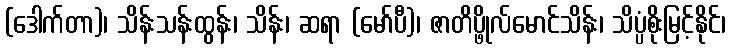
(ဒေါက်တာ)၊ သိန်းသန်းထွန်း၊ သိန်း၊ ဆရာ (မော်ပီ)၊ ဇာတိပ္ဖိုလ်မောင်သိန်း၊ သိပ္ပံစိုးမြင့်နိုင်၊